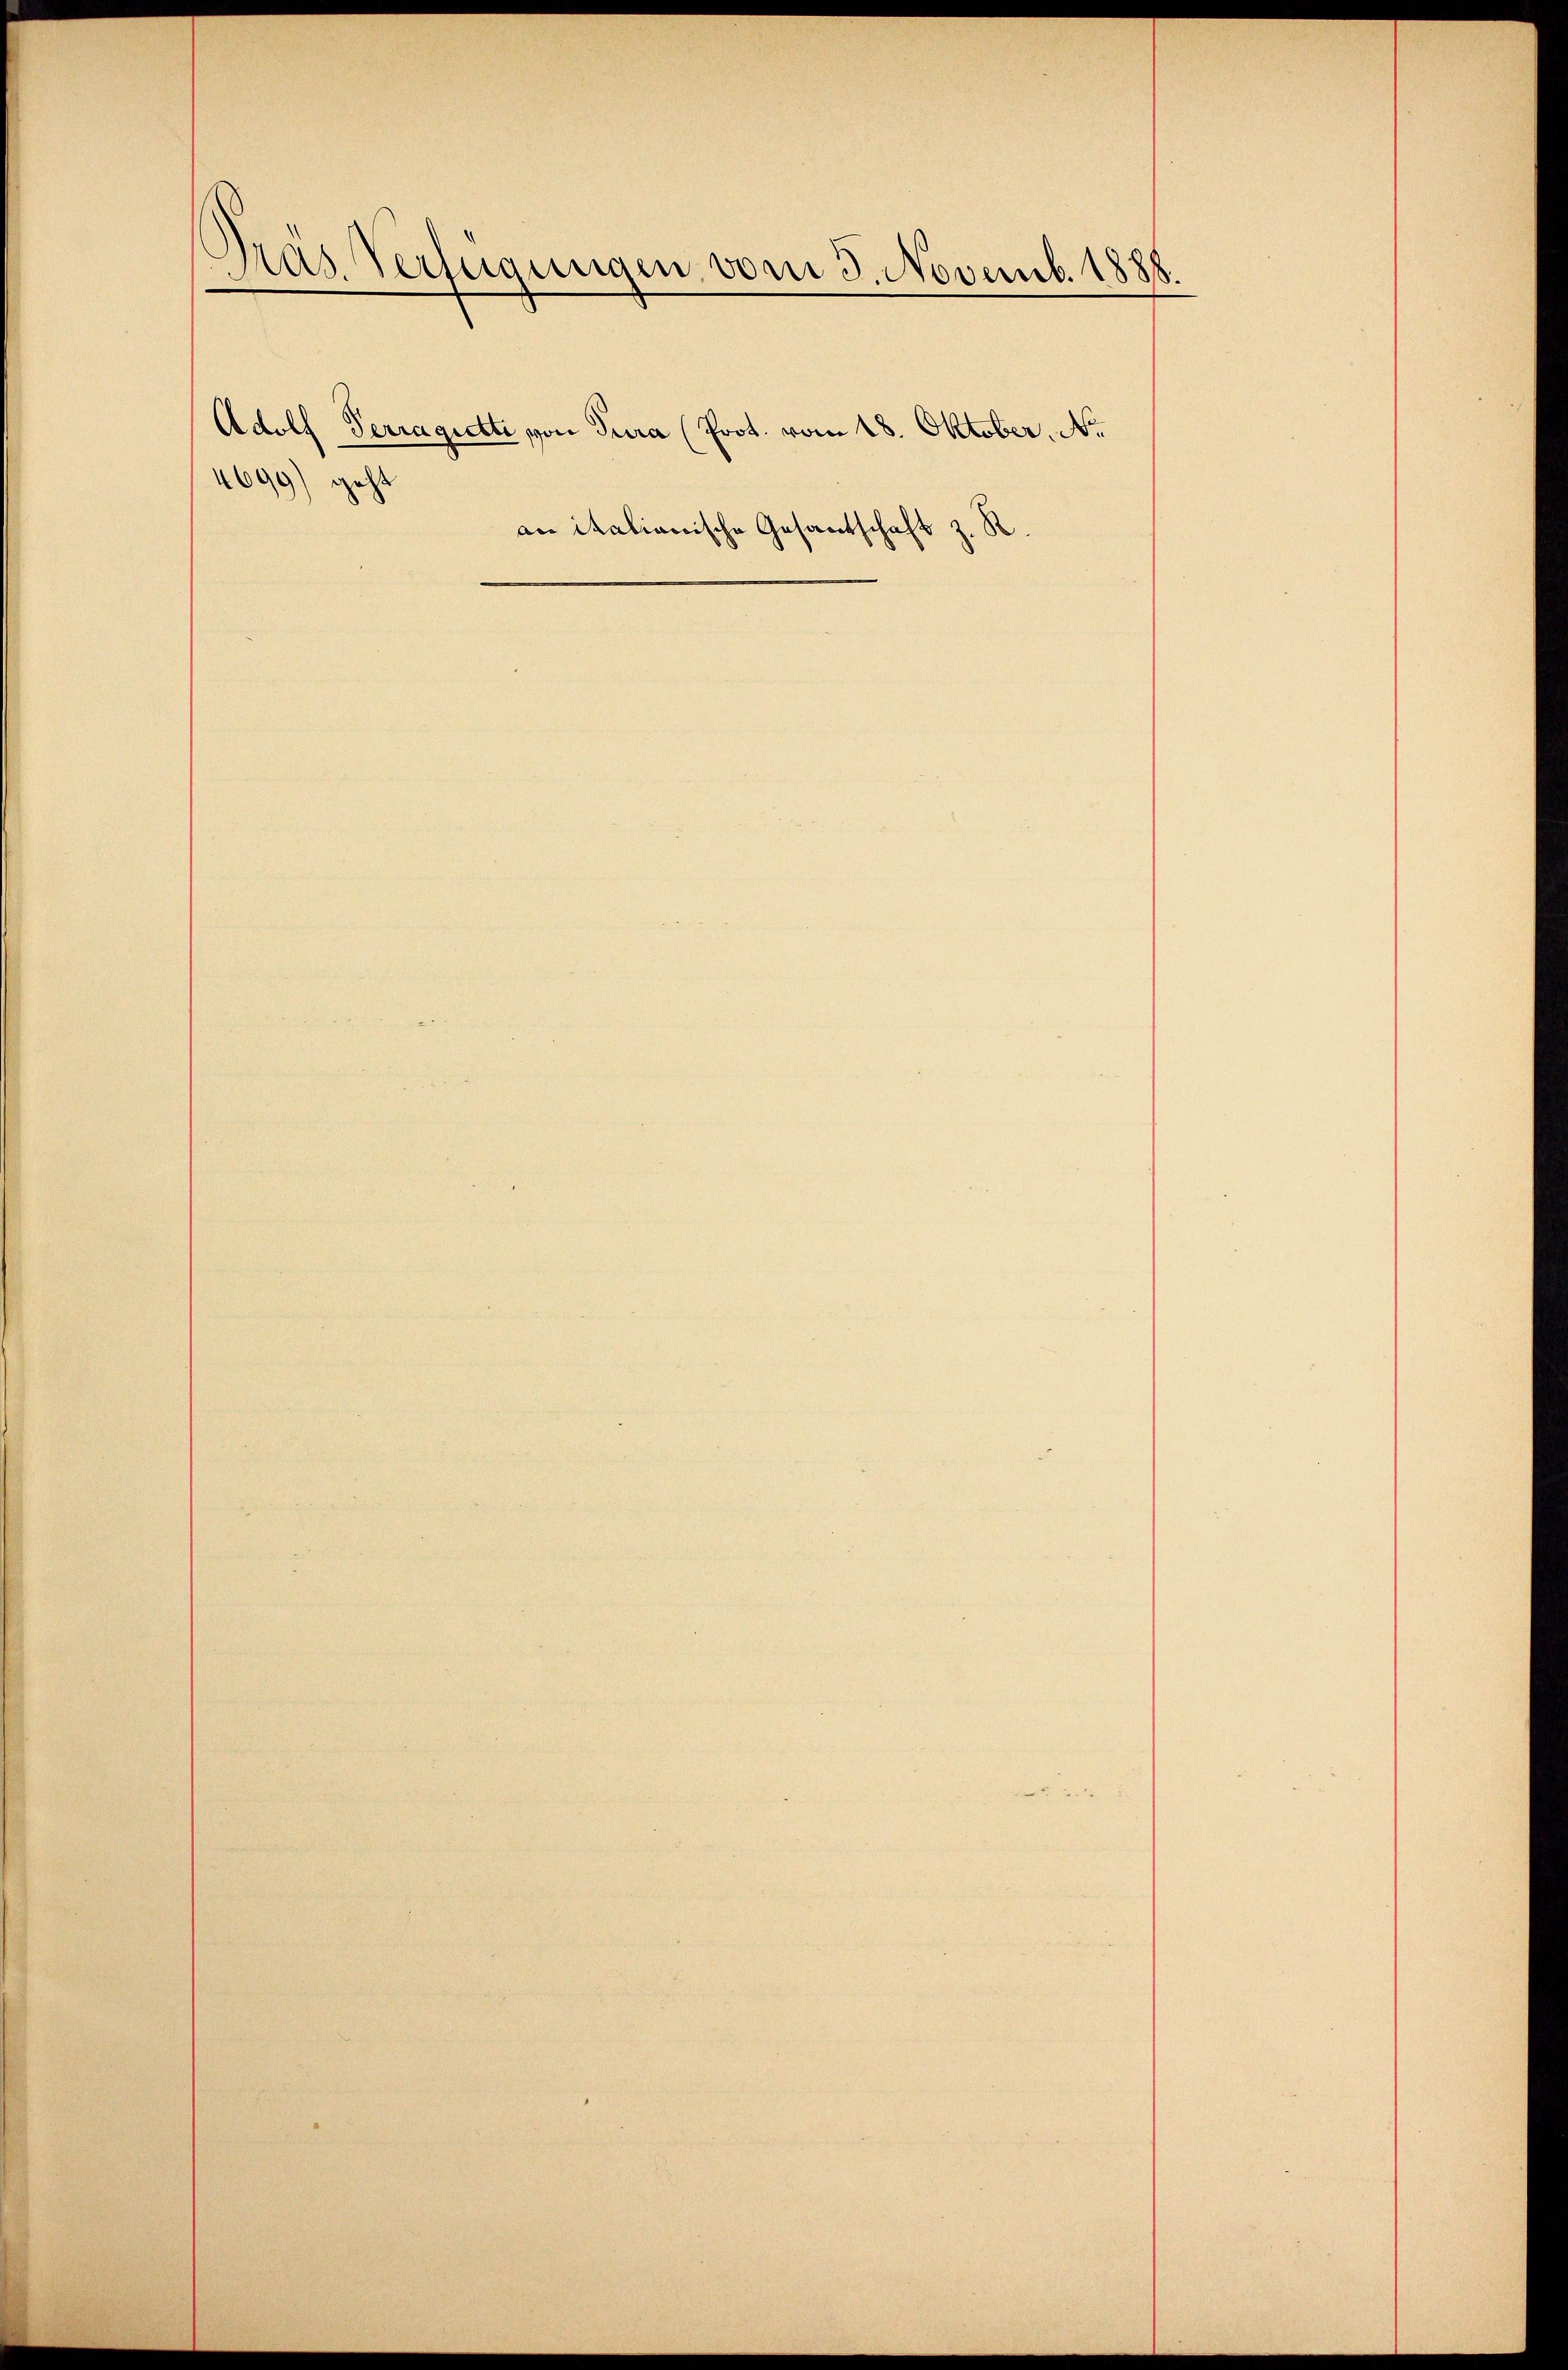
Pras Verfeigungen vom 5. Novemb. 1888.

4699) geht

Adolf Terragiette von Jura (Prot. vom 18. Oktober, No

an italianische Gesantschaft z. R.